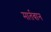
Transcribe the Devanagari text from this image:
मार्तबान